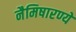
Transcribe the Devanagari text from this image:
नैमिषारण्ये